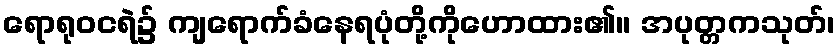
ရောရုဝငရဲ၌ ကျရောက်ခံနေရပုံတို့ကိုဟောထား၏။ အပုတ္တကသုတ်၊